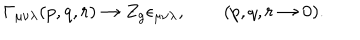
\Gamma _ { \mu \nu \lambda } ( p , q , r ) \to Z _ { g } \epsilon _ { \mu \nu \lambda } , \qquad ( p , q , r \to 0 ) .